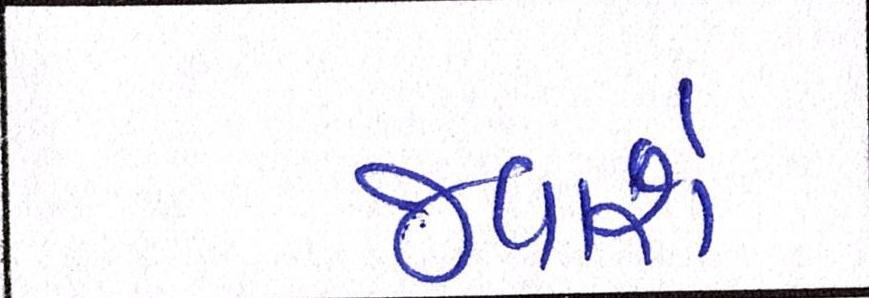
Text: જવાશે